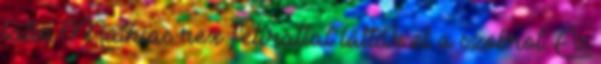
latin Mathias rex felirattal látták el a szobrot. Ez